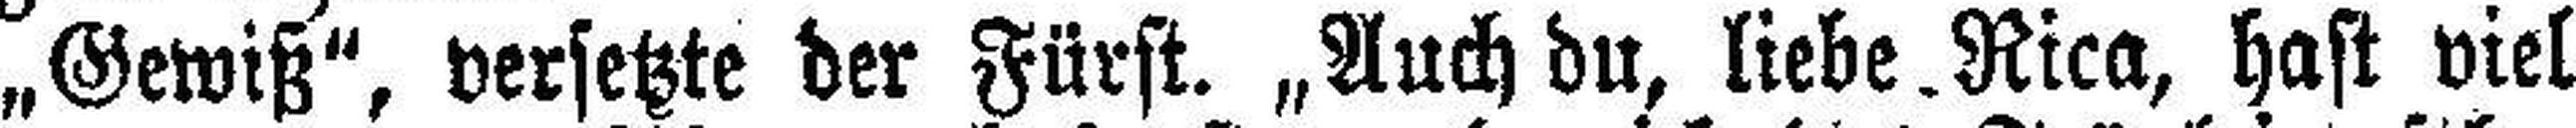
„Gewiß", versetzte der Fürst. „Auch du, liebe Rica, hast viel